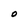
Character: O